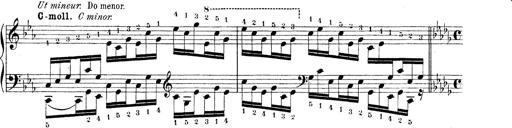
Title: Technische Studien
Composer: Franz Liszt